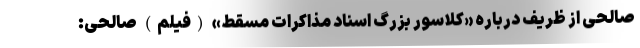
صالحی از ظریف درباره «کلاسور بزرگ اسناد مذاکرات مسقط» (فیلم) صالحی: